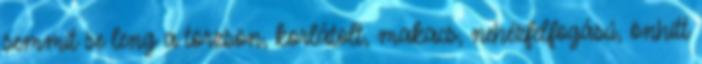
semmit se leng a törzsön, korlátolt, makacs, nehézfelfogású, önhitt